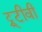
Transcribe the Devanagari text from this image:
ट्रूटीवी